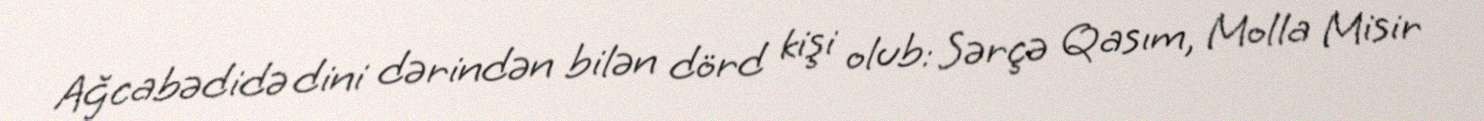
Ağcabədidə dini dərindən bilən dörd kişi olub: Sərçə Qasım, Molla Misir